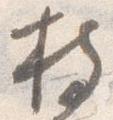
持